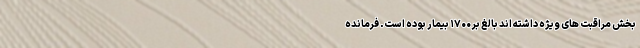
بخش مراقبت های ویژه داشته اند بالغ بر ۱۷۰۰ بیمار بوده است. فرمانده